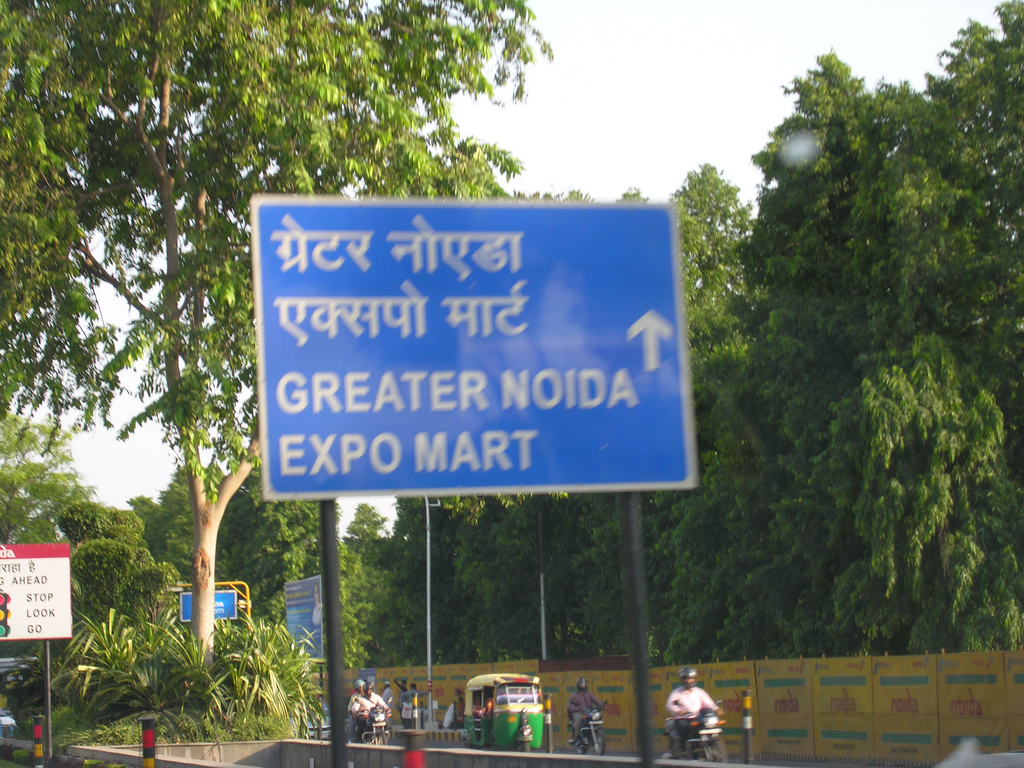
Language: hindi
Transcription: है मार्ट एक्सपो ग्रेटर नोएडा